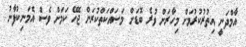
އާމްދަނީ އިތުރުކުރުމަށް މިހާރަށް ވުރެ ބޮޑަށް މަސައްކަތްކުރަން ޖެހޭ ކަމަށް ވެސް އެމަނިކުފާނު